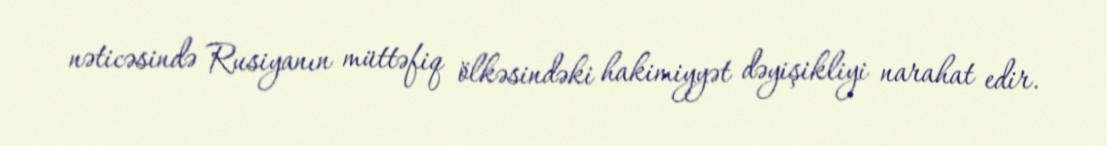
nəticəsində Rusiyanın müttəfiq ölkəsindəki hakimiyyət dəyişikliyi narahat edir.